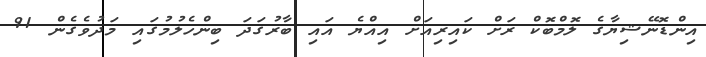
އިންޑޮނޭޝިޔާގެ ލޮމްބޮކް ރަށް ކައިރިއަށް އިއްޔެ އައި ބާރުގަދަ ބިންހެލުމުގައި މަދުވެގެން 91